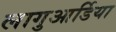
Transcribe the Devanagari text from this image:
लागुआर्डिया